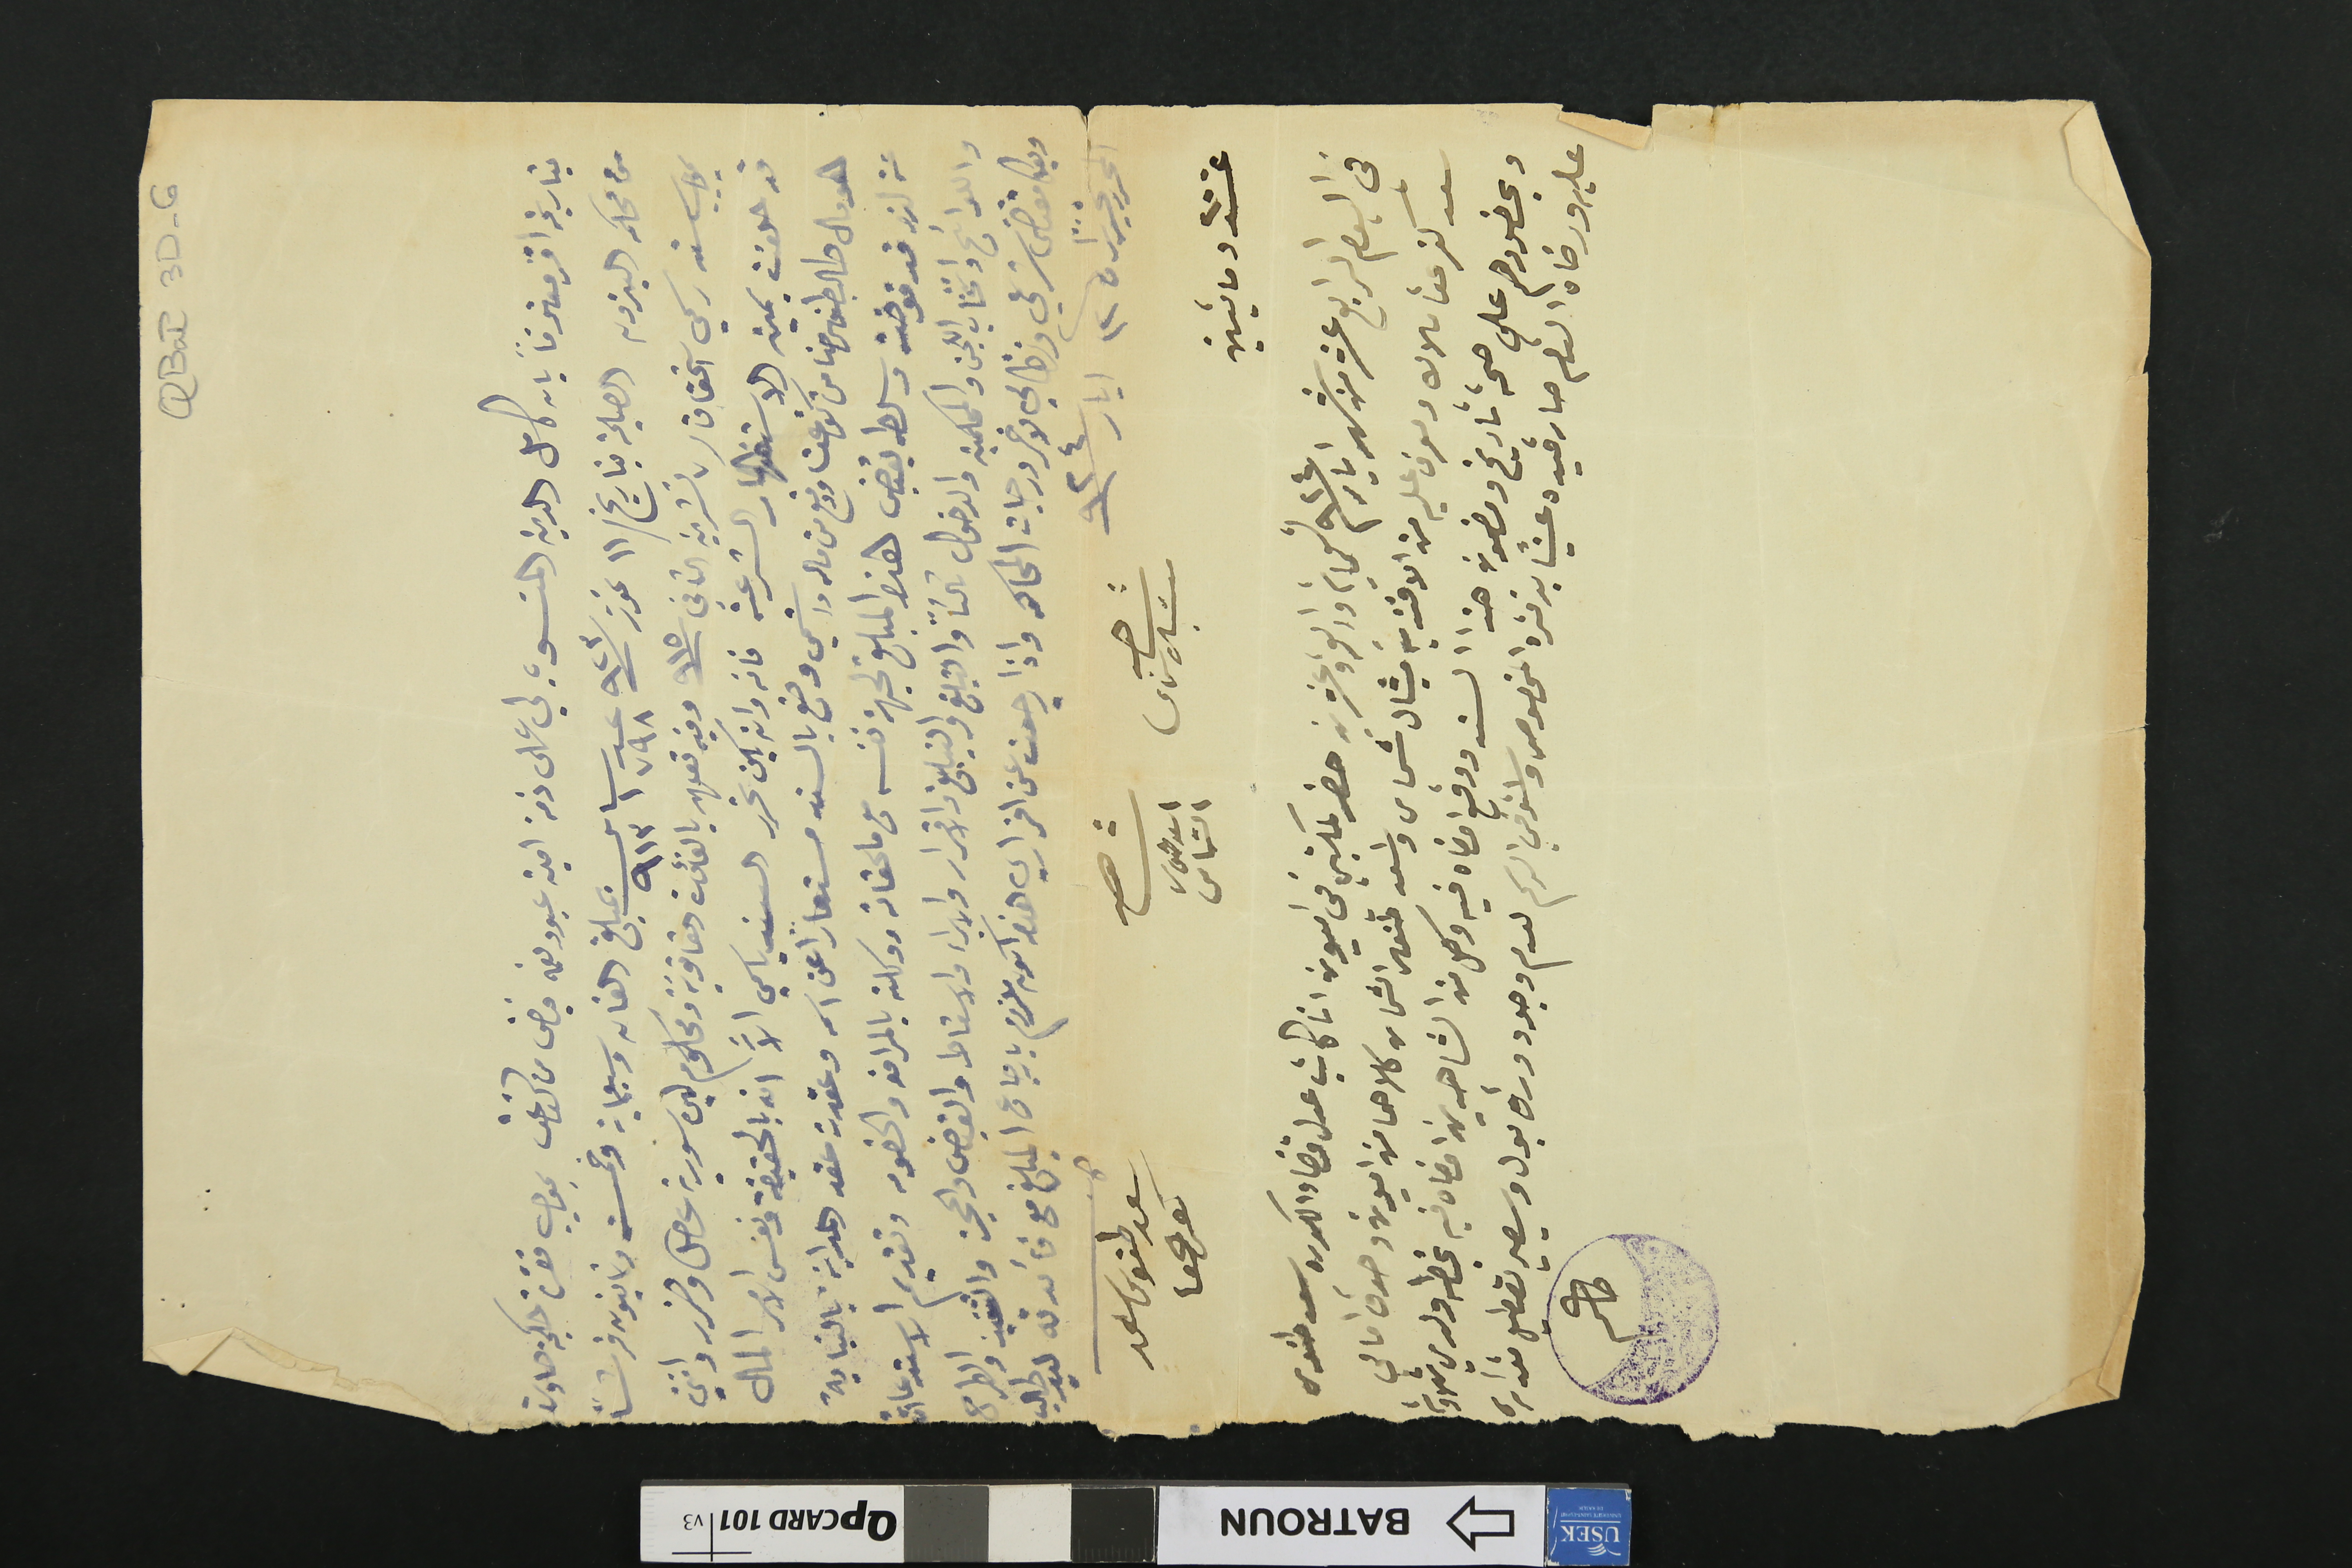
QBat3D-6
بتاريخه اقر معترفاً بان كامل الدين المنسوب لي على ذمة امين عبود نعمه فياض من كفرعقا بموجب حكمية صارت
من محكمه البترون العلية بتاريخ / ١١ تموز سنة ٩٢٣ عد ١٧٩٨ ساس ٩١٣ بمبلغ الفان وسبعماية وخمسة وثمانيون قرشاً
بموجب سند رسمي استحقاق / ٧ تشرين الثاني سنة ٩١٥ وفيه تعهد بالفائدة القانونية ومحكوم ليره سورية عطل وضرر وانني
قد حلفت يمين الاستظهار الشرعية فانه وان يكن تحرر السند باسمي الاَّ انه بالحقيقة ونفس الامر المال
هو مال طالب طنوس حنا من كفرعقا ودفع من ماله واسَمي وضع بالسند مستعاراً عن اسمه وعقدت عقد المداينة بالنيابة
عنه لذا وقد فوضته وسلطه يقبض هذه المبلغ لجهة نفسه مع ملحقاته ووكلته بالمرافعه والخصومه وتقديم الاستدعاأت
واللوائح وانتخاب اللجن والمحكمية والدخول تالتاً والتبلغ والتبليغ والاقرار والابراء والاسقاط والقبض والحجز والتنفيذ والطرح
وبكل مقتضى شرعي ونظامي لاخر درجات المحاكمه واذا رجعت عن اقراري هذا اكون ملزو بارجاع المبلغ مع فائدته ليد طالب
عدد ٢٠٠ مايتين
في اليوم الرابع عشر من شهر ايار سنة ٩٢٤ تسعامية واربعة وعشرين حضر لمكتبي في اميون انا كاتب عدل قضاء الكوره سعد طنوس
سعد كفرعقا ملاك ومعرف عليه من الافندية ميشال شماس واسعد طنوس الشماس كلاهما من اميون وصدق امامي
وبحضورهم على صحة تاريخ ومضمون هذا السند ووقع امضاه في وكل من الشاهدين امضاه فيه بخطه ولدي تلاوته
عليه ورضاه التام صار قيده عيناً بدفتره المخصوص واستوفى الرسم لعدم وجود وراق بول وسيصير تعطيل مقداره

حاكم
المحرر تحريراً في ١٢ ايار سنة ٩٢٤
شاهد ميشال شماس
شاهد اسعد طنوس الشماس
كاتب سعد طنوس سعد كفرعقا